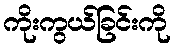
ကိုးကွယ်ခြင်းကို